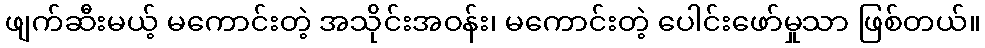
ဖျက်ဆီးမယ့် မကောင်းတဲ့ အသိုင်းအဝန်း၊ မကောင်းတဲ့ ပေါင်းဖော်မှုသာ ဖြစ်တယ်။